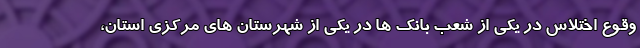
وقوع اختلاس در یکی از شعب بانک ها در یکی از شهرستان های مرکزی استان،